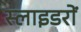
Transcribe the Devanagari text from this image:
स्लाइडरों